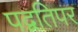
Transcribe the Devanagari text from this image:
पद्वतिपर